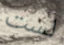
لست